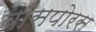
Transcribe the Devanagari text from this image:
बाँसपोरस